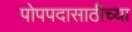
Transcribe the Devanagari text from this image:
पोपपदासाठीच्या